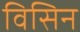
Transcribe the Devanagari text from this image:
विसिन